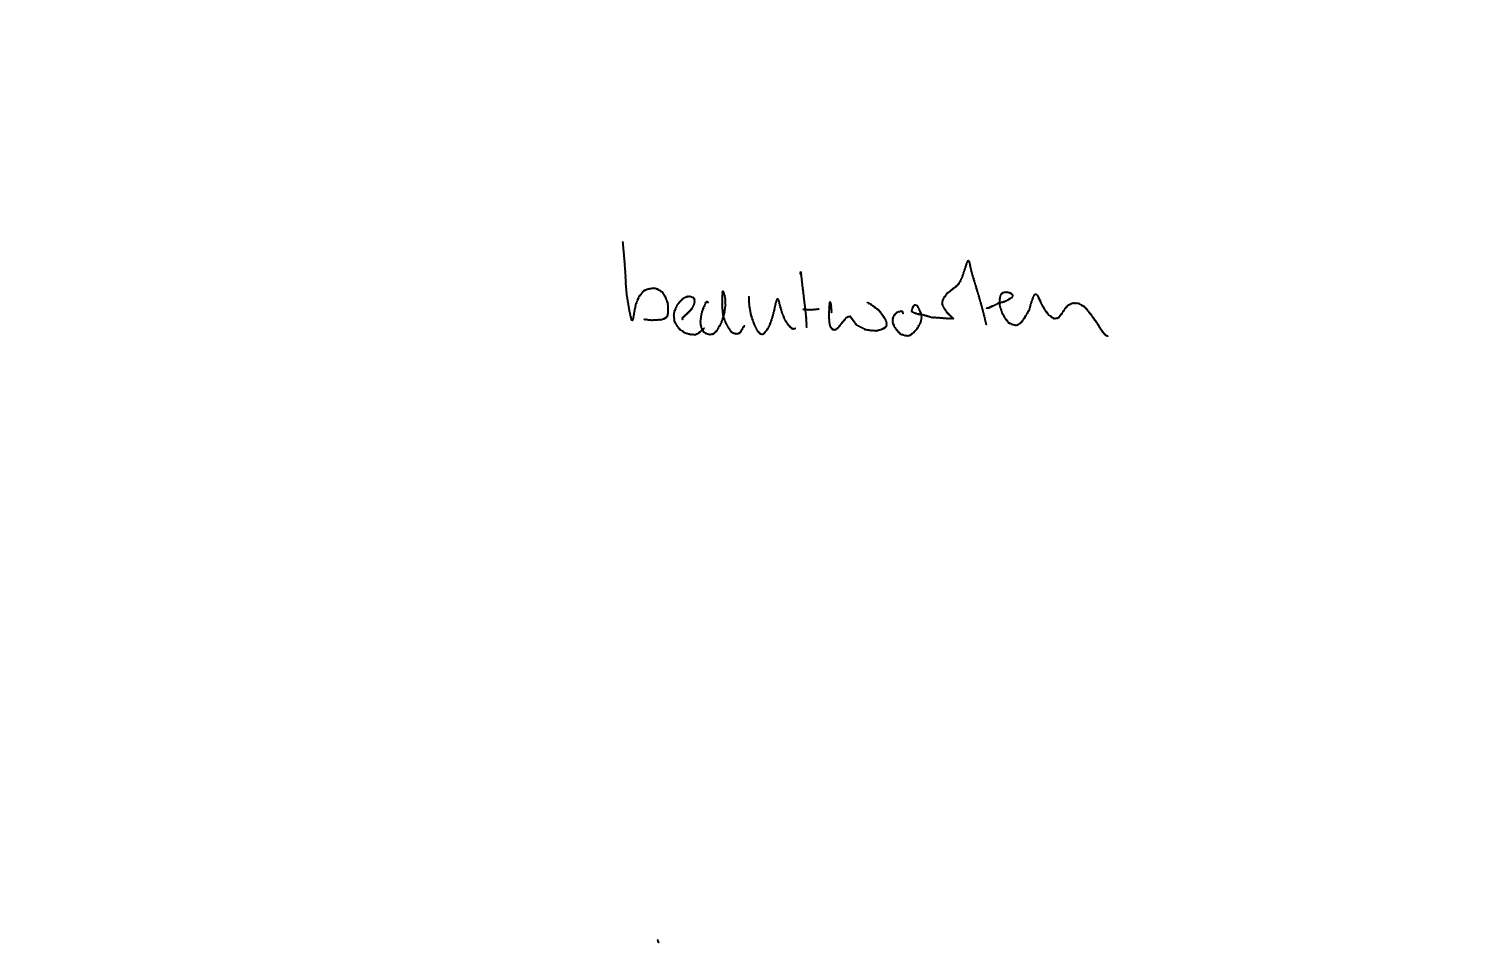
Text: beantworten